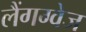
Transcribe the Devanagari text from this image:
लैंगग्वेज